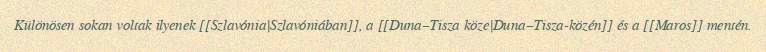
Különösen sokan voltak ilyenek [[Szlavónia|Szlavóniában]], a [[Duna–Tisza köze|Duna–Tisza-közén]] és a [[Maros]] mentén.